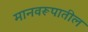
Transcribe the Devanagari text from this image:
मानवरूपातील